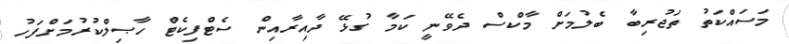
މަސައްކަތު ތަޖުރިބާ ބެލުމަށް މާކްސް ދެވޭނީ ކަމާ ގުޅޭ ދާއިރާއިން ސެޓްފިކެޓް ހާޞިލްކުރުމަށްފަހު